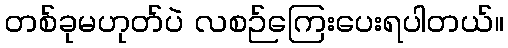
တစ်ခုမဟုတ်ပဲ လစဉ်ကြေးပေးရပါတယ်။